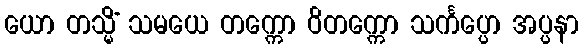
ယော တသ္မိံ သမယေ တက္ကော ဝိတက္ကော သင်္ကပ္ပော အပ္ပနာ